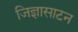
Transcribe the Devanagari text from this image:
जिज्ञासाटन